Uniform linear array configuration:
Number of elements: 4
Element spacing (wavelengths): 1
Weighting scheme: hann
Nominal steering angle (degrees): -45
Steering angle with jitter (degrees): -46.222
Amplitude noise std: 0.05
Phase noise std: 0.05

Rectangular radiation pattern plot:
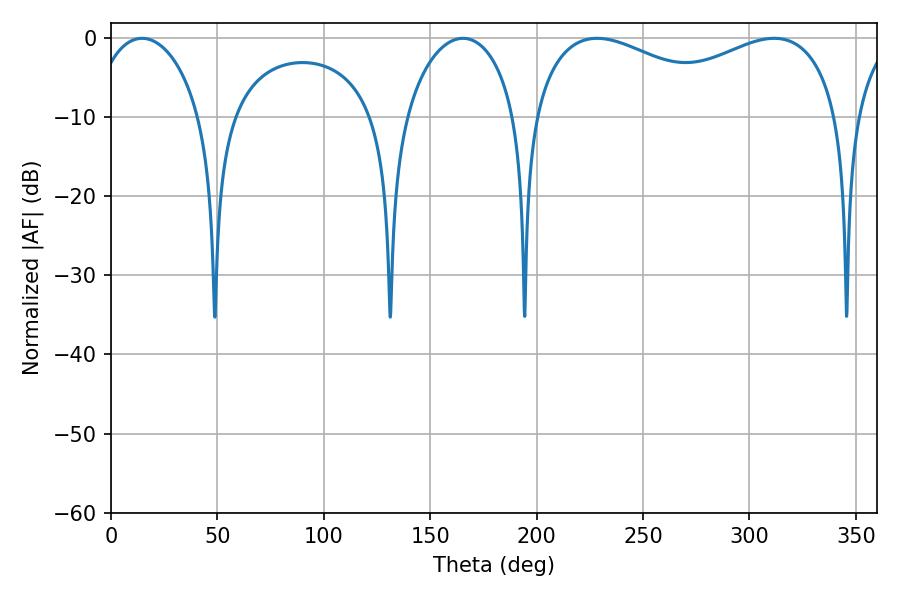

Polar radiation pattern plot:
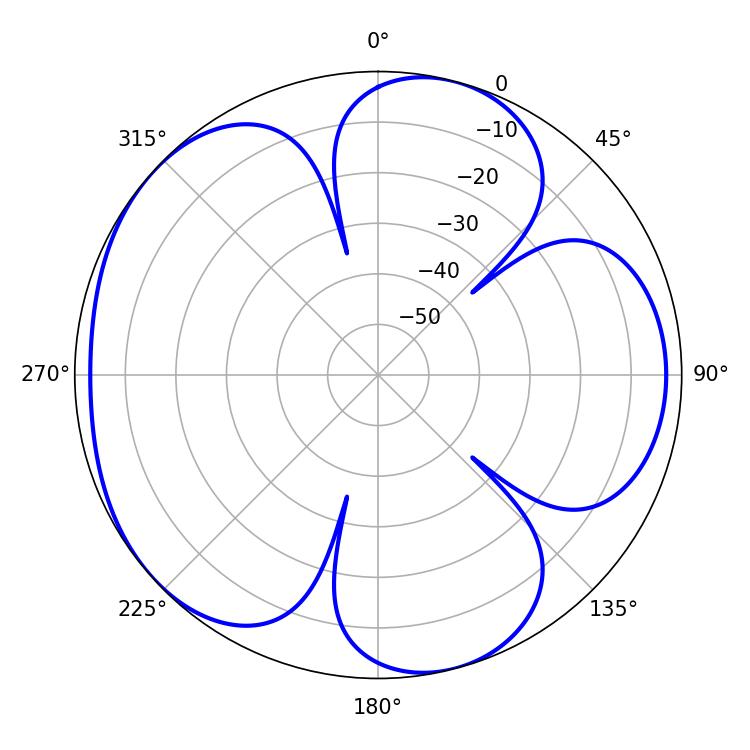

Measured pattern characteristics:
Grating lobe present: TRUE
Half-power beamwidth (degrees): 56.34
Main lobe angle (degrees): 228.42